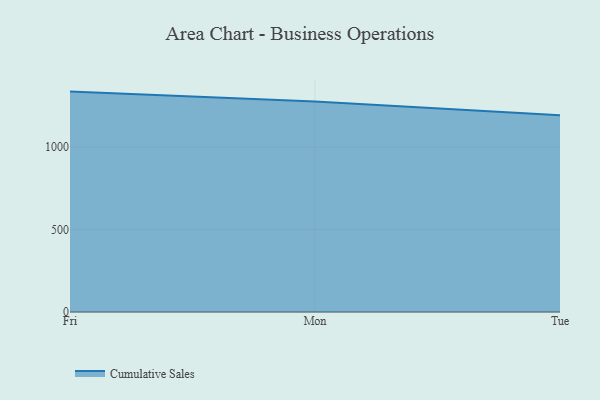
{"axis": {"x": "Day", "y": "Inventory Turnover"}, "legend": ["Cumulative Sales"], "data": [{"x": "Fri", "y": 1336.7, "type": "Cumulative Sales"}, {"x": "Mon", "y": 1275.9, "type": "Cumulative Sales"}, {"x": "Tue", "y": 1193.2, "type": "Cumulative Sales"}]}